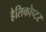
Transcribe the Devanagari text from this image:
हैलिकोप्टर